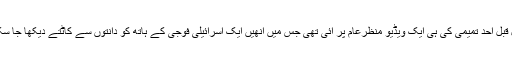
دو سال قبل احد تمیمی کی ہی ایک ویڈیو منظرِعام پر آئی تھی جس میں انھیں ایک اسرائیلی فوجی کے ہاتھ کو دانتوں سے کاٹتے دیکھا جا سکتا ہے۔